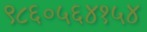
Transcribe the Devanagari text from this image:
९८६०५६४१५४